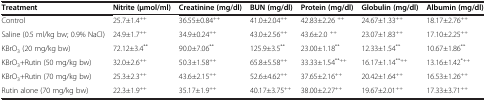
<table><thead><tr><td><b>Treatment</b></td><td><b>Nitrite (μmol/ml)</b></td><td><b>Creatinine (mg/dl)</b></td><td><b>BUN (mg/dl)</b></td><td><b>Protein (mg/dl)</b></td><td><b>Globulin (mg/dl)</b></td><td><b>Albumin (mg/dl)</b></td></tr></thead><tbody><tr><td>Control</td><td>25.7±1.4<sup>++</sup></td><td>36.55±0.84<sup>++</sup></td><td>41.0±2.04<sup>++</sup></td><td>42.83±2.26 <sup>++</sup></td><td>24.67±1.33<sup>++</sup></td><td>18.17±2.76<sup>++</sup></td></tr><tr><td>Saline (0.5 ml/kg bw; 0.9% NaCl)</td><td>24.9±1.7<sup>++</sup></td><td>34.9±0.24<sup>++</sup></td><td>43.0±2.56<sup>++</sup></td><td>43.6±2.0 <sup>++</sup></td><td>23.07±1.83<sup>++</sup></td><td>17.10±2.25<sup>++</sup></td></tr><tr><td>KBrO<sub>3</sub> (20 mg/kg bw)</td><td>72.12±3.4<sup>**</sup></td><td>90.0±7.06<sup>**</sup></td><td>125.9±3.5<sup>**</sup></td><td>23.00±1.18<sup>**</sup></td><td>12.33±1.54<sup>**</sup></td><td>10.67±1.86<sup>**</sup></td></tr><tr><td>KBrO<sub>3</sub>+Rutin (50 mg/kg bw)</td><td>32.0±2.6<sup>++</sup></td><td>50.3±1.58<sup>++</sup></td><td>65.8±5.58<sup>++</sup></td><td>33.33±1.54<sup>**++</sup></td><td>16.17±1.14<sup>**++</sup></td><td>13.16±1.42<sup>*++</sup></td></tr><tr><td>KBrO<sub>3</sub>+Rutin (70 mg/kg bw)</td><td>25.3±2.3<sup>++</sup></td><td>43.6±2.15<sup>++</sup></td><td>52.6±4.62<sup>++</sup></td><td>37.65±2.16<sup>++</sup></td><td>20.42±1.64<sup>++</sup></td><td>16.53±1.26<sup>++</sup></td></tr><tr><td>Rutin alone (70 mg/kg bw)</td><td>22.3±1.9<sup>++</sup></td><td>35.17±1.9<sup>++</sup></td><td>40.17±3.75<sup>++</sup></td><td>38.00±2.27<sup>++</sup></td><td>19.67±2.01<sup>++</sup></td><td>17.33±3.71<sup>++</sup></td></tr></tbody></table>